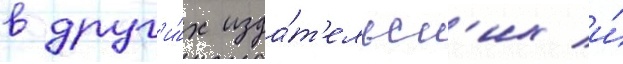
в друг'и́х изда́т'ельск'их и́